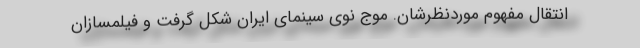
انتقال مفهوم موردنظرشان. موج نوی سینمای ایران شکل گرفت و فیلمسازان